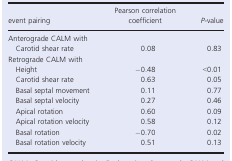
| event pairing | Pearson correlation coefficient | P‐value |
 | --- | --- | --- |
 | <COLSPAN=3> Anterograde CALM with |
 | Carotid shear rate | 0.08 | 0.83 |
 | <COLSPAN=3> Retrograde CALM with |
 | Height | −0.48 | <0.01 |
 | Carotid shear rate | 0.63 | 0.05 |
 | Basal septal movement | 0.11 | 0.77 |
 | Basal septal velocity | 0.27 | 0.46 |
 | Apical rotation | 0.60 | 0.09 |
 | Apical rotation velocity | 0.58 | 0.12 |
 | Basal rotation | −0.70 | 0.02 |
 | Basal rotation velocity | 0.51 | 0.13 |